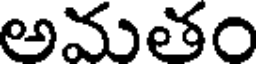
అమతం